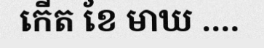
កើត ខែ មាឃ ....